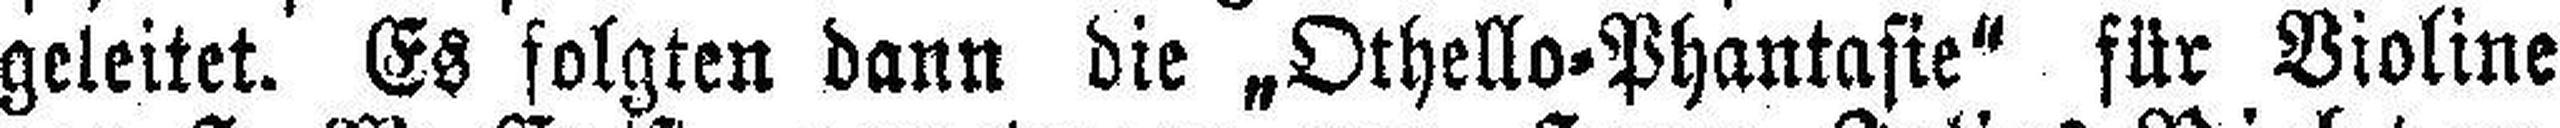
geleitet. Es folgten dann die „Othello=Phantasie" für Violine